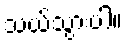
သယ်သွားပါ။